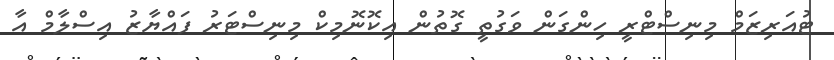
ޓުއަރިޒަމް މިނިސްޓްރީ ހިންގަން ވަގުތީ ގޮތުން އިކޮނޮމިކް މިނިސްޓަރު ފައްޔާޒު އިސްލާމް އާ